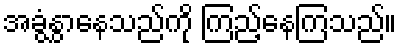
အခွံနွှာနေသည်ကို ကြည့်နေကြသည်။